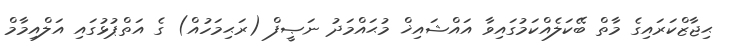
ޙިޖާޒްކަރައިގެ މާތް ބޭކަލެއްކަމުގައިވާ އައްޝައިޚް މުޙައްމަދު ނަޞީފް (ރަޙިމަހުއް) ގެ އަތްޕުޅުގައި އަލްއިމާމް